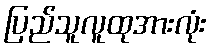
ပြည်သူလူထုအားလုံး